Annual administration report of the Civil Veterinary Department of India - 1900-1901
Year: 1900
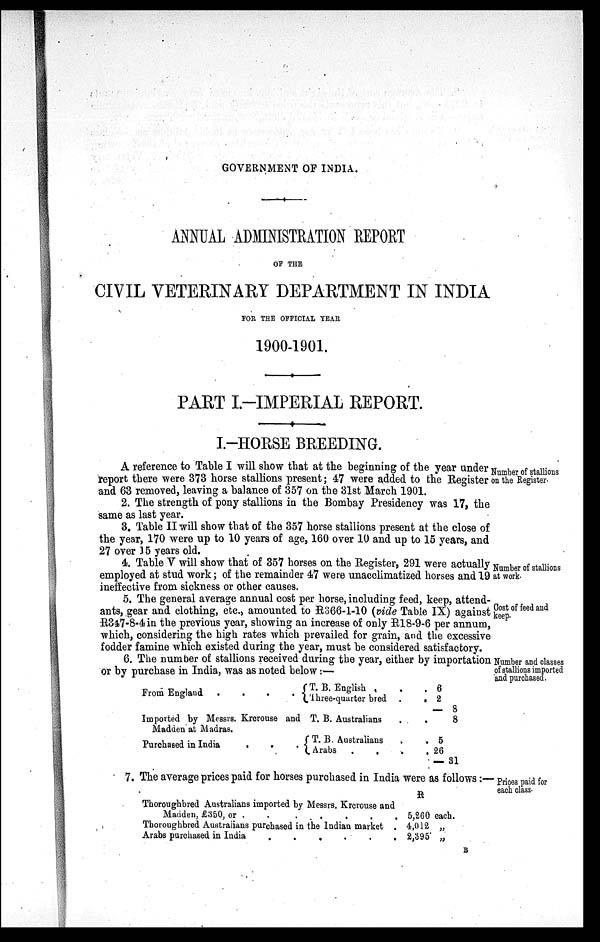
GOVERNMENT OF INDIA.
ANNUAL ADMINISTRATION REPORT
OF THE
CIVIL VETERINARY DEPARTMENT IN INDIA
FOR THE OFFICIAL YEAR
1900-1901.
PART I.-IMPERIAL REPORT.
I.-HORSE BREEDING.
Number of stallions
on the Register.
A reference to Table I will show that at the beginning of the year under
report there were 373 horse stallions present; 47 were added to the Register
and 63 removed, leaving a balance of 357 on the 31st March 1901.
2. The strength of pony stallions in the Bombay Presidency was 17, the
same as last year.
3. Table II will show that of the 357 horse stallions present at the close of
the year, 170 were up to 10 years of age, 160 over 10 and up to 15 years, and
27 over 15 years old.
Number of stallions
at work.
4. Table V will show that of 357 horses on the Register, 291 were actually
employed at stud work; of the remainder 47 were unacclimatized horses and 19
ineffective from sickness or other causes.
Cost of feed and
keep.
5. The general average annual cost per horse, including feed, keep, attend-
ants, gear and clothing, etc., amounted to R366-1-10 (vide Table IX) against
R347-8-4 in the previous year, showing an increase of only R18-9-6 per annum,
which, considering the high rates which prevailed for grain, and the excessive
fodder famine which existed during the year, must be considered satisfactory.
Number and classes
of stallions imported
and purchased.
6. The number of stallions received during the year, either by importation
or by purchase in India, was as noted below:—
From England .
.
.
.
Imported by Messrs. Krorouse and
Madden at Madras.
Purchased in India . . .
T. B. English . . .
Three-quarter bred . .
T. B. Australians . .
T. B. Australians . .
Arabs . . . .
6
2
— 8
8
5
26
— 31
Prices paid for
each class.
7. The average prices paid for horses purchased in India were as follows:-
Thoroughbred Australians imported by Messrs. Krcrouse and
Madden, £350, or .
.
. . .
Thoroughbred Australians purchased in the Indian market .
Arabs purchased in India
.
.
.
.
.
.
R
5,260
each.
4,012
„
2,395
„
B